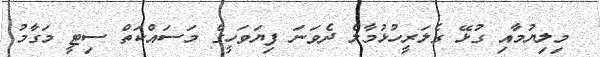
މިލިޔުމާއި ގުޅޭ ގެލަރީހުޅުމާލެ ދެވަނަ ފިޔަވަހީގެ މަސައްކަތް ސިޓީ މަގާމު